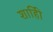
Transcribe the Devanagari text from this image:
शाहीि